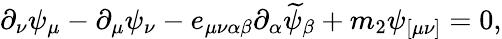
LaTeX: \partial_{\nu}\psi_{\mu}-\partial_{\mu}\psi_{\nu}-e_{\mu\nu\alpha\beta}\partial_{\alpha}\widetilde{\psi}_{\beta}+m_{2}\psi_{[\mu\nu]}=0,